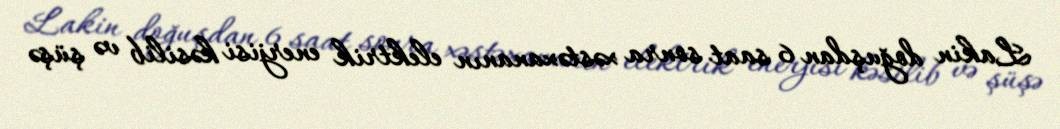
Lakin doğuşdan 6 saat sonra xəstəxananın elektrik enerjisi kəsilib və şüşə